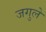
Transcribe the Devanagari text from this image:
जगुले